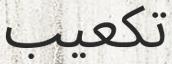
تكعيب